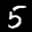
Label: 5